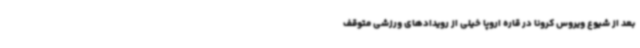
بعد از شیوع ویروس کرونا در قاره اروپا خیلی از رویدادهای ورزشی متوقف